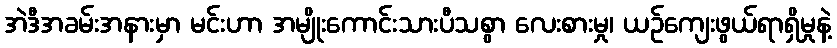
အဲဒီအခမ်းအနားမှာ မင်းဟာ အမျိုးကောင်းသားပီသစွာ လေးစားမှု၊ ယဉ်ကျေးဖွယ်ရာရှိမှုနဲ့